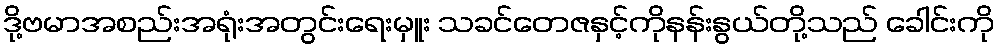
ဒို့ဗမာအစည်းအရုံးအတွင်းရေးမှူး သခင်တေဇနှင့်ကိုနန်းနွယ်တို့သည် ခေါင်းကို